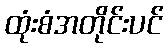
ထုံးစံအတိုင်းပင်